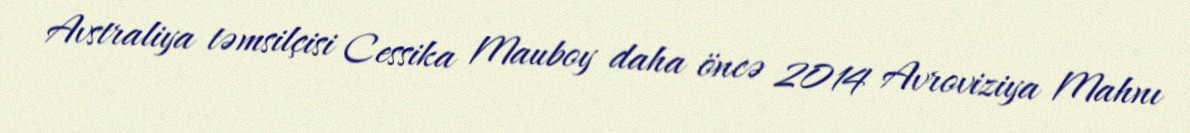
Avstraliya təmsilçisi Cessika Mauboy daha öncə 2014 Avroviziya Mahnı